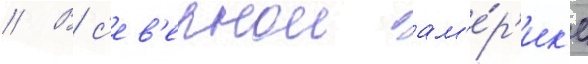
// В с'ев'ернои ам'е́р'ик'е